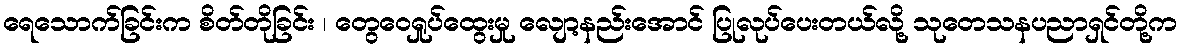
ရေသောက်ခြင်းက စိတ်တိုခြင်း ၊ တွေဝေရှုပ်ထွေးမှု လျော့နည်းအောင် ပြုလုပ်ပေးတယ်လို့ သုတေသနပညာရှင်တို့က